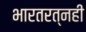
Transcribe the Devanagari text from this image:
भारतरत्नही